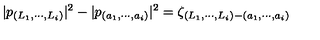
| p _ { ( L _ { 1 } , \cdots , L _ { i } ) } | ^ { 2 } - | p _ { ( a _ { 1 } , \cdots , a _ { i } ) } | ^ { 2 } = \zeta _ { ( L _ { 1 } , \cdots , L _ { i } ) - ( a _ { 1 } , \cdots , a _ { i } ) }